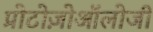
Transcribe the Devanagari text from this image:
प्रोटोज़ोऑलोजी